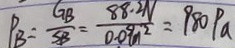
P _ { B } = \frac { G B } { S B } = \frac { 8 8 . 2 N } { 0 . 0 9 n ^ { 2 } } = 9 8 0 P a